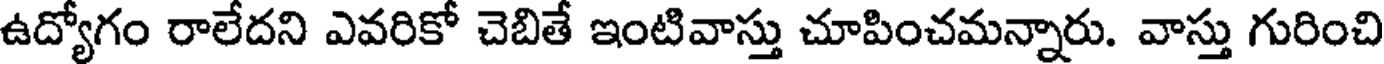
ఉద్యోగం రాలేదని ఎవరికో చెబితే ఇంటివాస్తు చూపించమన్నారు. వాస్తు గురించి